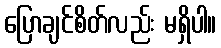
ပြောချင်စိတ်လည်း မရှိပါ။